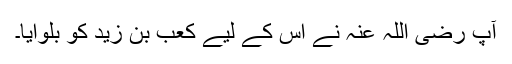
آپ رضی اللہ عنہ نے اس کے لیے کعب بن زید کو بلوایا۔